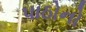
પાઠોનો